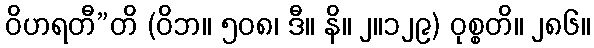
ဝိဟရတီ”တိ (ဝိဘ။ ၅၀၈၊ ဒီ။ နိ။ ၂။၁၂၉) ဝုစ္စတိ။ ၂၈၆။